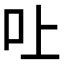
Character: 𠮵